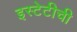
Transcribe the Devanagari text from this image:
इस्टेटीची